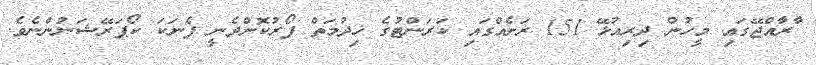
ާރާއްޖޭގައި މީހުން ދިރިއުޅޭ 151 ރަށެއްގައި ކަރަންޓުގެ ޚިދުމަތް ފޯރުކޮށްދެނީ ފެނަކަ ކޯޕަރޭޝަނުންނެވެ.